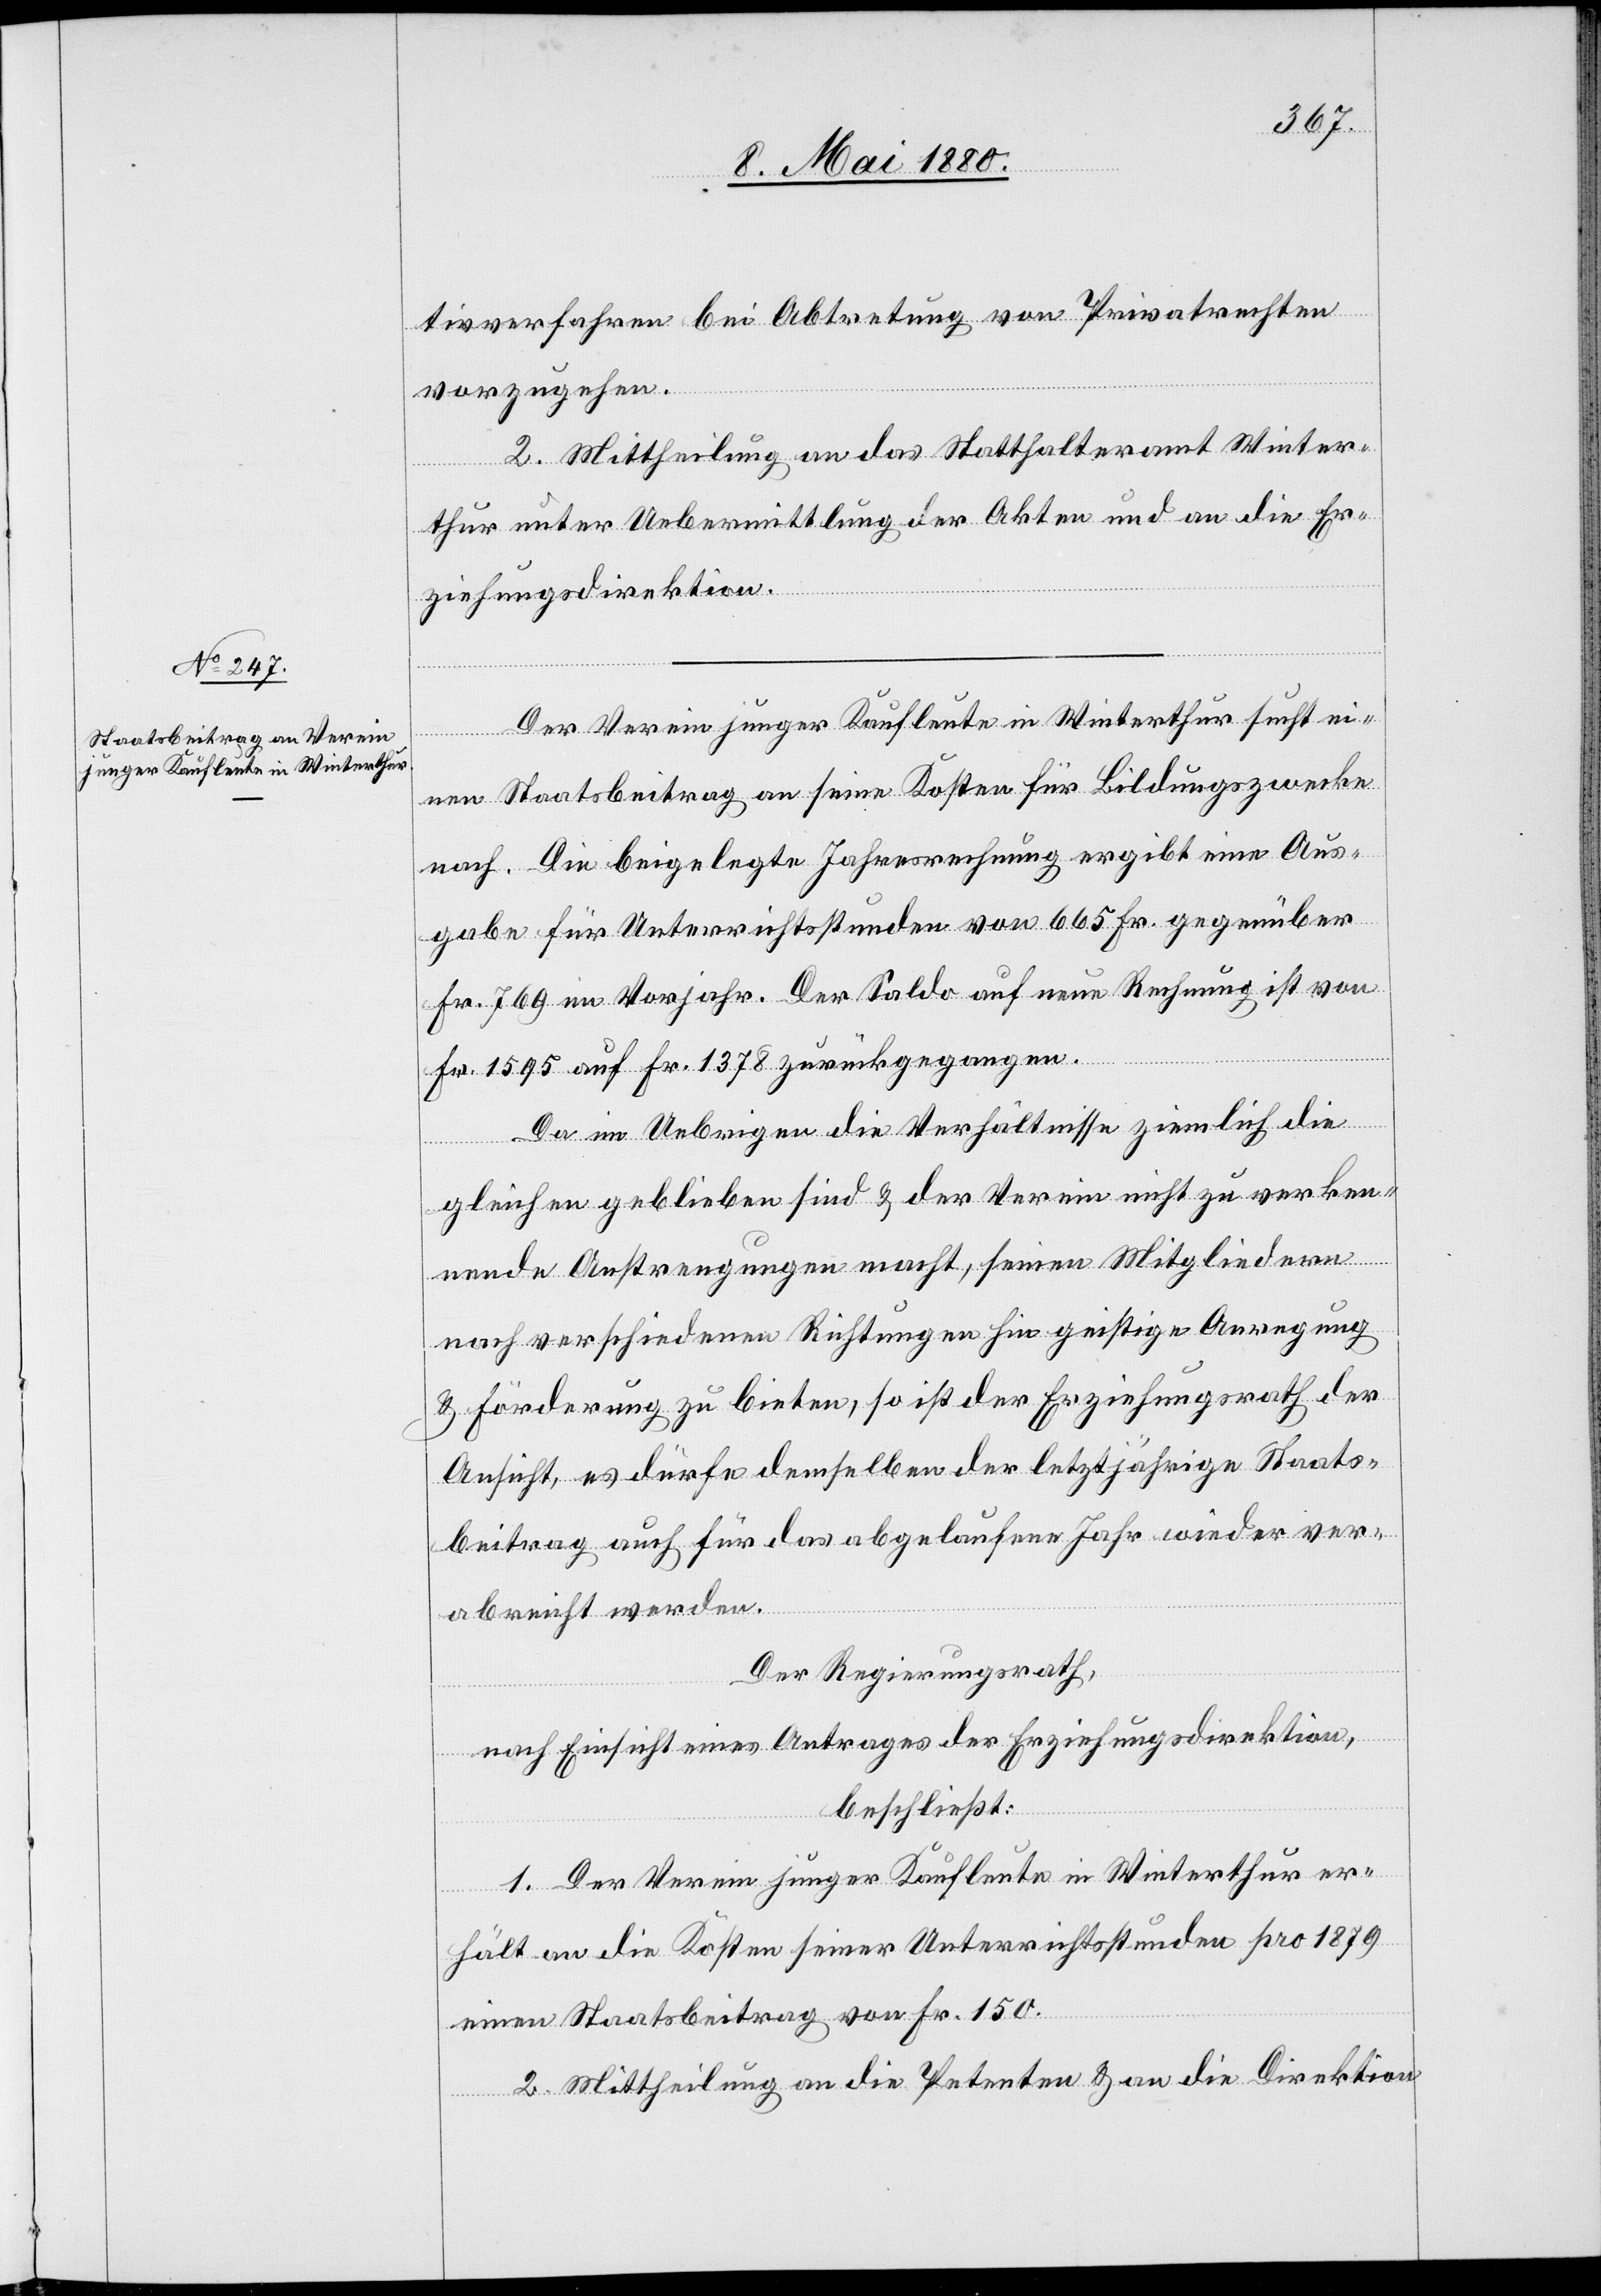
tivverfahren bei Abtretung von Privatrechten
vorzugehen.
2. Mittheilung an das Statthalteramt Winter¬
thur unter Uebermittlung der Akten und an die Er¬
ziehungsdirektion.
Der Verein junger Kaufleute in Winterthur sucht ei¬
nen Staatsbeitrag an seine Kosten für Bildungszwecke
nach. Die beigelegte Jahresrechnung ergibt eine Aus¬
gabe für Unterrichtsstunden von 665 Fr. gegenüber
Fr. 769 im Vorjahr. Der Saldo auf neue Rechnung ist von
Fr. 1595 auf Fr. 1378 zurückgegangen.
Da im Uebrigen die Verhältnisse ziemlich die
gleichen geblieben sind & der Verein nicht zu verken¬
nende Anstrengungen macht, seinen Mitgliedern
nach verschiedenen Richtungen geistige Anregung
& Förderung zu bieten, so ist der Erziehungsrath der
Ansicht, es dürfte demselben der letztjährige Staats¬
beitrag auch für das abgelaufene Jahr wieder ver¬
abreicht werden.
Der Regierungsrath;
nach Einsicht eines Antrages der Erziehungsdirektion,
beschließt:
1. Der Verein junger Kaufleute in Winterthur er¬
hält an die Kosten seiner Unterrichtsstunden pro 1879
einen Staatsbeitrag von Fr. 150.
2. Mittheilung an die Petenten & an die Direktion